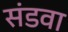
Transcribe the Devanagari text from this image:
संडवा